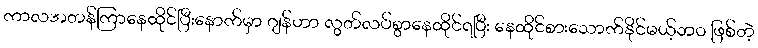
ကာလအတန်ကြာနေထိုင်ပြီးနောက်မှာ ဂျန်ဟာ လွတ်လပ်စွာနေထိုင်ရပြီး နေထိုင်စားသောက်နိုင်မယ့်ဘဝ ဖြစ်တဲ့